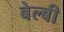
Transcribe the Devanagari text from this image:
बेल्बी